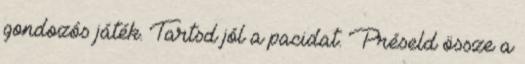
gondozós játék. Tartsd jól a pacidat. Préseld össze a